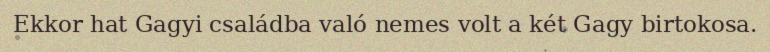
Ekkor hat Gagyi családba való nemes volt a két Gagy birtokosa.